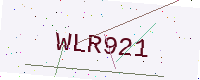
Text: WLR921